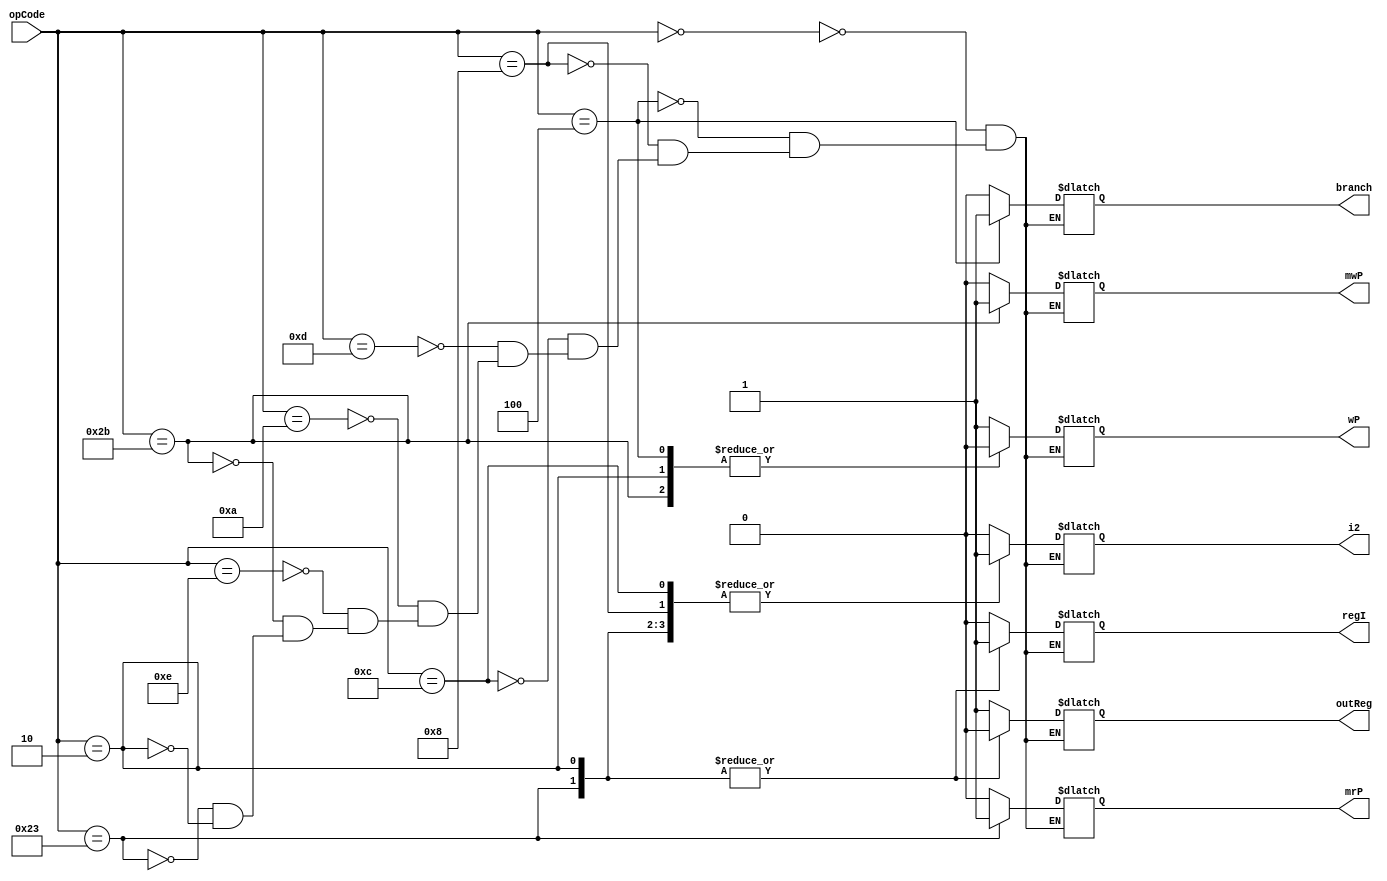
module Control(
	input [5:0] opCode,
	output reg outReg, wP, i2, regI, mrP, mwP, branch);

// type       0       1
// outReg     rt      rd
// i2         reg     imm
// regI       ALU     Mem

	always @(*) 
	begin
		case(opCode)
			0: 
			begin
				outReg = 1;
				wP = 1;
				i2 = 0;
				regI = 0;
				mrP = 0;
				mwP = 0;
				branch = 0;
			end
			4: 
			begin
				outReg = 1;
				wP = 0;
				i2 = 0;
				regI = 0;
				mrP = 0;
				mwP = 0;
				branch = 1;
			end
			8: 
			begin
				outReg = 1;
				wP = 1;
				i2 = 1;
				regI = 0;
				mrP = 0;
				mwP = 0;
				branch = 0;
			end
			12: 
			begin
				outReg = 1;
				wP = 1;
				i2 = 1;
				regI = 0;
				mrP = 0;
				mwP = 0;
				branch = 0;
			end
			13: 
			begin
				outReg = 1;
				wP = 1;
				i2 = 1;
				regI = 0;
				mrP = 0;
				mwP = 0;
				branch = 0;
			end
			10: 
			begin
				outReg = 1;
				wP = 1;
				i2 = 1;
				regI = 0;
				mrP = 0;
				mwP = 0;
				branch = 0;
			end
			14: 
			begin
				outReg = 1;
				wP = 1;
				i2 = 1;
				regI = 0;
				mrP = 0;
				mwP = 0;
				branch = 0;
			end
			43:
			begin
				outReg = 1;
				wP = 0;
				i2 = 1;
				regI = 0;
				mrP = 0;
				mwP = 1;
				branch = 0;
			end
			35:
			begin
				outReg = 0;
				wP = 1;
				i2 = 1;
				regI = 1;
				mrP = 1;
				mwP = 0;
				branch = 0;
			end
			2:
			begin
				outReg = 0;
				wP = 0;
				i2 = 1;
				regI = 1;
				mrP = 0;
				mwP = 0;
				branch = 0;
			end
		endcase
	end
endmodule